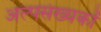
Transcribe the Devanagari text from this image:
अल्पसंख्‍यकों